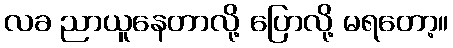
လခ ညာယူနေတာလို့ ပြောလို့ မရတော့။